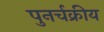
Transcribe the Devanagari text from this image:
पुनर्चक्रीय